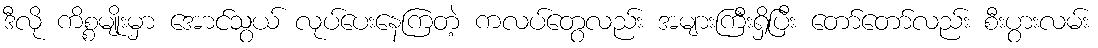
ဒီလို ကိစ္စမျိုးမှာ အောင်သွယ် လုပ်ပေးနေကြတဲ့ ကလပ်တွေလည်း အများကြီးရှိပြီး တော်တော်လည်း စီးပွားလမ်း